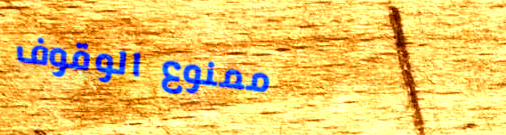
ممنوع الوقوف